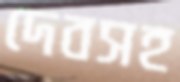
দেবসহ